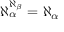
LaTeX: \aleph _ { \alpha } ^ { \aleph _ { \beta } } = \aleph _ { \alpha }